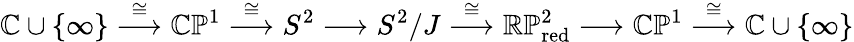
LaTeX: {\mathbb C}\cup\{ \infty\} \stackrel{\cong}{\longrightarrow}{\mathbb C}{\mathbb P}^{1}\stackrel{\cong}\longrightarrow S^{2}\longrightarrow S^{2}/J\stackrel{\cong}\longrightarrow{\mathbb R}{\mathbb P}_{\mathrm{red}}^{2}\longrightarrow{\mathbb C}{\mathbb P}^{1}\stackrel{\cong}\longrightarrow{\mathbb C}\cup\{ \infty\}